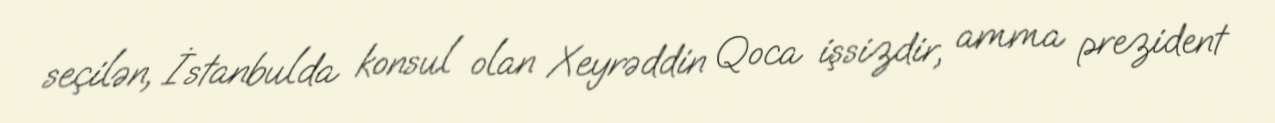
seçilən, İstanbulda konsul olan Xeyrəddin Qoca işsizdir, amma prezident